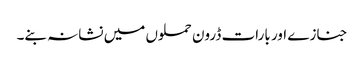
جنازے اور بارات ڈرون حملوں میں نشانہ بنے۔